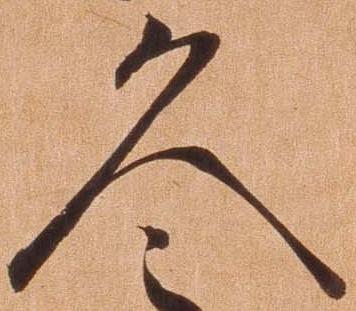
久